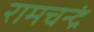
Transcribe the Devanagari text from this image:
रामचन्द्रं